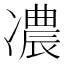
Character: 𠘊